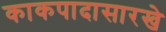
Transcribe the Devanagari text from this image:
काकपादासारखे